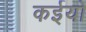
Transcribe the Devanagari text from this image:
कईयो